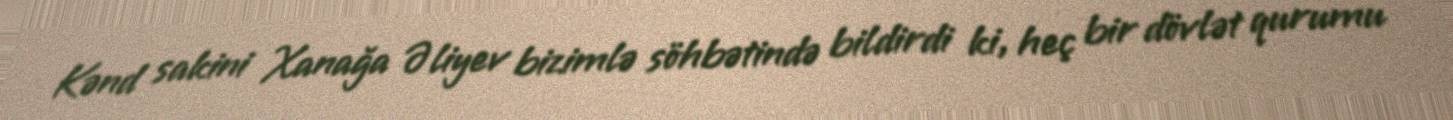
Kənd sakini Xanağa Əliyev bizimlə söhbətində bildirdi ki, heç bir dövlət qurumu